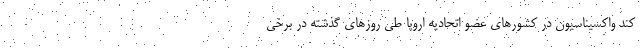
کند واکسیناسیون در کشورهای عضو اتحادیه اروپا طی روزهای گذشته در برخی